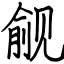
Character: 觎